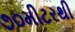
૭૦મીટરથી